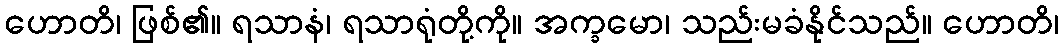
ဟောတိ၊ ဖြစ်၏။ ရသာနံ၊ ရသာရုံတို့ကို။ အက္ခမော၊ သည်းမခံနိုင်သည်။ ဟောတိ၊